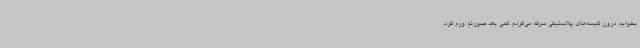
بخوابم. درون کیسه‌های پلاستیکی سرفه می‌کردم. کمی بعد صورتم ورم کرد.